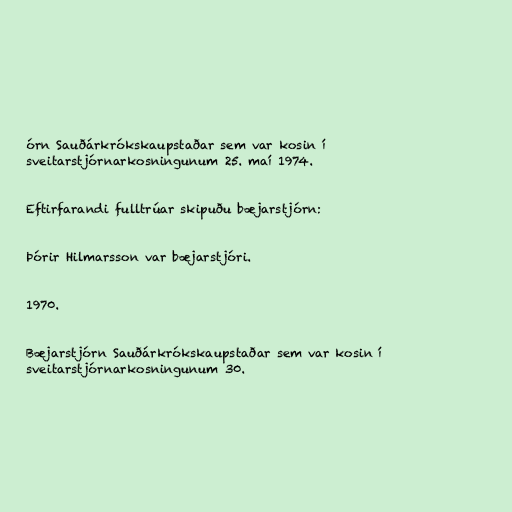
órn Sauðárkrókskaupstaðar sem var kosin í
sveitarstjórnarkosningunum 25. maí 1974.

Eftirfarandi fulltrúar skipuðu bæjarstjórn:

Þórir Hilmarsson var bæjarstjóri.

1970.

Bæjarstjórn Sauðárkrókskaupstaðar sem var kosin í
sveitarstjórnarkosningunum 30.